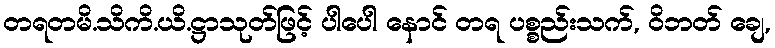
တရတမိ.သိကိ.ယိ.ဋ္ဌာသုတ်ဖြင့် ပါပေါ နောင် တရ ပစ္စည်းသက်, ဝိဘတ် ချေ,